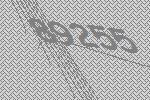
89255